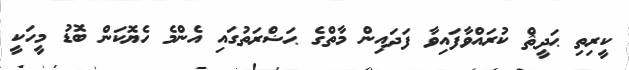
ކީރިތި ޙަދީޘް ކުރައްވާފައިވާ ފަދައިން މާތްގެ ޙަޟްރަތުގައި އެންމެ ހެޔޮކަން ބޮޑު މީހަކީ